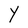
Character: Y